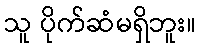
သူ ပိုက်ဆံမရှိဘူး။